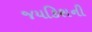
જયકિશની